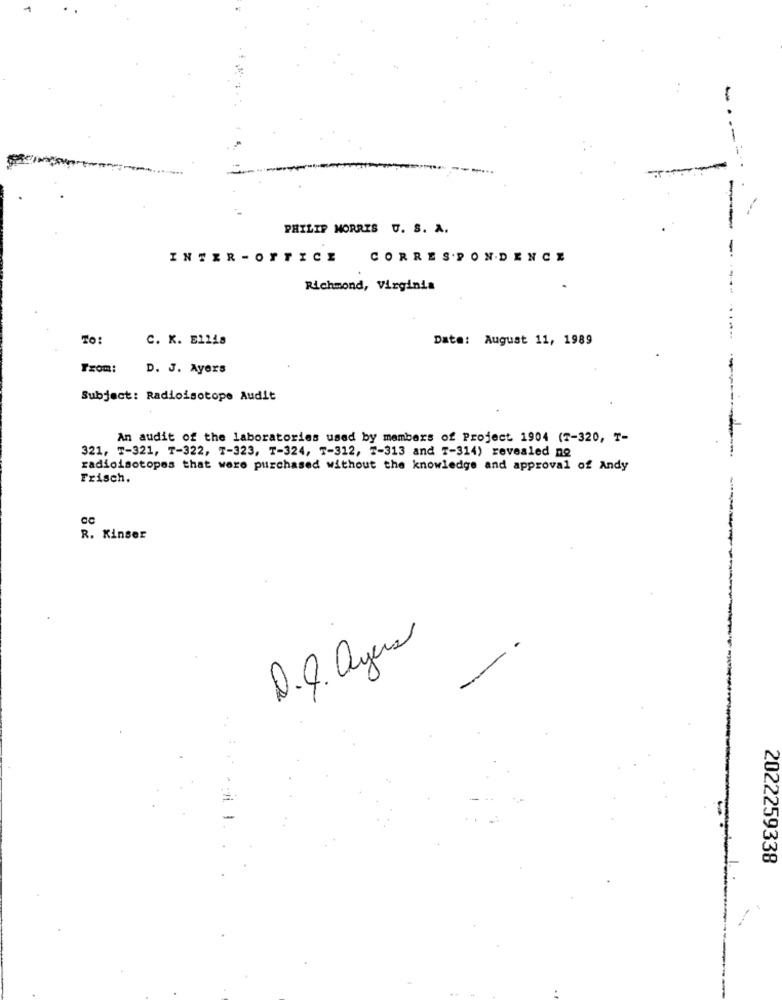
-
PHILIP MORRIS U. S. A.
INTER -OFFICE CORRESPONDENCE
Richmond, Virginia
To:
C. K. E11is
Date: August 11, 1989
Trom:
D. J. Ayers
Subject: Radioisotope Audit
An audit of the laboratories used by members of Project 1904 (7-320, T-
321, T-321, T-322, T-323, T-324, T-312, 7-313 and 7-314) revealed no
radioisotopes that were purchased without the knowledge and approval of Andy
Frisch.
R. Kinser
D.Q. ayers
2022259338